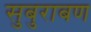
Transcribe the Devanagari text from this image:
सुबुराबण